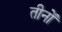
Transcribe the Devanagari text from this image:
तीनोँ